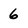
Character: 6